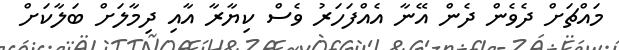
މައްޗަށް ދެވެން ދެން އޭނާ އެއްފަހަރު ވެސް ކިޔާރާ އާއި ދިމާލަށް ބަލާކަށް